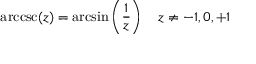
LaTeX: \operatorname { a r c c s c } ( z ) = \arcsin \left( { \frac { 1 } { z } } \right) \quad z \neq - 1 , 0 , + 1